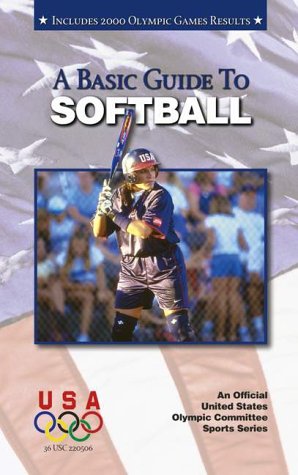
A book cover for A Basic Guide to Softball (Official U.S. Olympic Committee Sports); Suzanne Ledeboer; Sports & Outdoors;